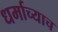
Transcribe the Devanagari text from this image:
धर्माच्याच